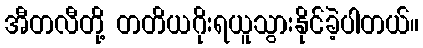
အီတလီတို့ တတိယဂိုးရယူသွားနိုင်ခဲ့ပါတယ်။